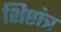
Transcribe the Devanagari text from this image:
शिष्टांत्र